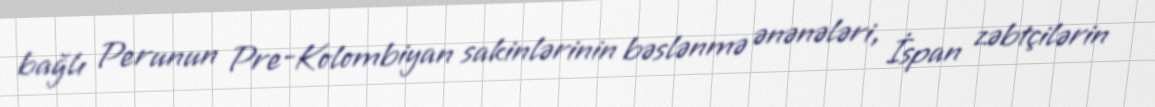
bağlı Perunun Pre-Kolombiyan sakinlərinin bəslənmə ənənələri, İspan zəbtçilərin